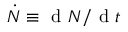
\dot { N } \equiv \mathrm { ~ d ~ } N / \mathrm { ~ d ~ } t